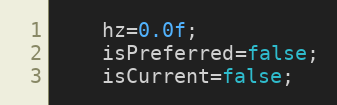
Language: C
    hz=0.0f;
    isPreferred=false;
    isCurrent=false;